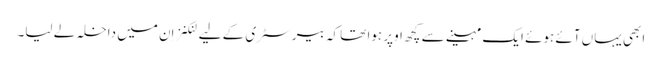
ابھی یہاں آئے ہوئے ایک مہینے سے کچھ اوپر ہوا تھا کہ بیرسٹری کے لیے لنکنز اِن میں داخلہ لے لیا۔